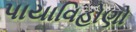
પાયાવિહોણો